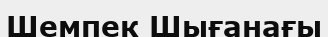
Шемпек Шығанағы